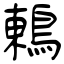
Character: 鶇